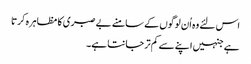
اس لئے وہ اُن لوگوں کے سامنے بے صبری کا مظاہرہ کرتا
ہے جنہیں اپنے سے کم تر جانتا ہے۔